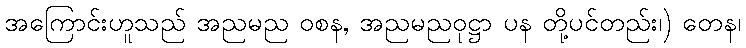
အကြောင်းဟူသည် အညမည ဝစန, အညမညဝုဋ္ဌာ ပန တို့ပင်တည်း၊) တေန၊